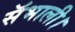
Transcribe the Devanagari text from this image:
सॅभाली।